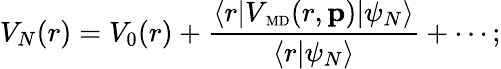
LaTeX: V_{N}(r)=V_{0}(r)+\frac{\langle r|V_{\mathrm{\scriptsize~MD}}(r,{\mathbf p})|\psi_{N}\rangle}{\langle r|\psi_{N}\rangle}+\cdots;